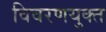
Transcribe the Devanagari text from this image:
विवरणयुक्त